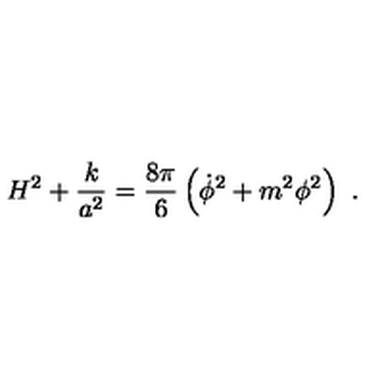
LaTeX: H ^ { 2 } + { \frac { k } { a ^ { 2 } } } = { \frac { 8 \pi } { 6 } } \left( \dot { \phi } ^ { 2 } + m ^ { 2 } \phi ^ { 2 } \right) \ .